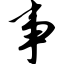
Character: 事